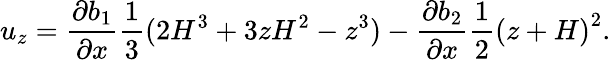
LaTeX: u_{z}=\frac{\partial b_{1}}{\partial x}\frac{1}{3}(2H^{3}+3zH^{2}-z^{3})-\frac{\partial b_{2}}{\partial x}\frac{1}{2}{(z+H)}^{2}.